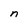
Character: n